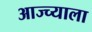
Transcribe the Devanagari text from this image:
आज्च्याला